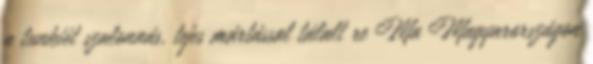
a tunkiét szalonnás, tejes mártással tálalt re Ma Magyarországon